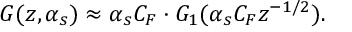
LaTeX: G ( z , \alpha _ { s } ) \approx \alpha _ { s } C _ { F } \cdot G _ { 1 } ( \alpha _ { s } C _ { F } z ^ { - 1 / 2 } ) .